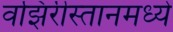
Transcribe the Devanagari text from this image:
वझिरीस्तानमध्ये